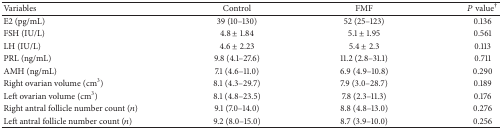
<table><thead><tr><td><b>Variables</b></td><td><b>Control</b></td><td><b>FMF</b></td><td><b><i>P</i> value<sup>†</sup></b></td></tr></thead><tbody><tr><td>E2 (pg/mL)</td><td> 39 (10–130)</td><td>52 (25–123)</td><td>0.136</td></tr><tr><td>FSH (IU/L)</td><td>4.8 ± 1.84</td><td>5.1 ± 1.95</td><td>0.561</td></tr><tr><td>LH (IU/L)</td><td>4.6 ± 2.23</td><td>5.4 ± 2.3</td><td>0.113</td></tr><tr><td>PRL (ng/mL)</td><td>9.8 (4.1–27.6)</td><td>11.2 (2.8–31.1)</td><td>0.711</td></tr><tr><td>AMH (ng/mL)</td><td>7.1 (4.6–11.0)</td><td>6.9 (4.9–10.8)</td><td>0.290</td></tr><tr><td>Right ovarian volume (cm<sup>3</sup>)</td><td>8.1 (4.3–29.7)</td><td>7.9 (3.0–28.7) </td><td> 0.189</td></tr><tr><td>Left ovarian volume (cm<sup>3</sup>)</td><td>8.1 (4.8–23.5)</td><td>7.8 (2.3–11.3)</td><td>0.176</td></tr><tr><td>Right antral follicle number count (<i>n</i>)</td><td>9.1 (7.0–14.0)</td><td>8.8 (4.8–13.0)</td><td>0.276</td></tr><tr><td>Left antral follicle number count (<i>n</i>)</td><td>9.2 (8.0–15.0)</td><td>8.7 (3.9–10.0)</td><td>0.256</td></tr></tbody></table>